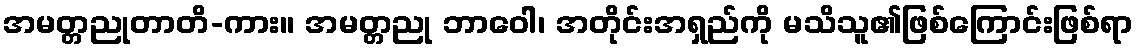
အမတ္တညုတာတိ-ကား။ အမတ္တညု ဘာဝေါ၊ အတိုင်းအရှည်ကို မသိသူ၏ဖြစ်ကြောင်းဖြစ်ရာ